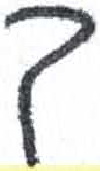
אות: ך